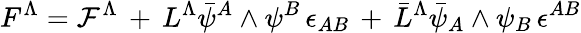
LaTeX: F^{\Lambda}={\cal F}^{\Lambda}\, +\, L^{\Lambda}\bar{\psi}^{A}\wedge\psi^{B}\, \epsilon_{AB}\, +\, \bar{L}^{\Lambda}\bar{\psi}_{A}\wedge\psi_{B}\, \epsilon^{AB}